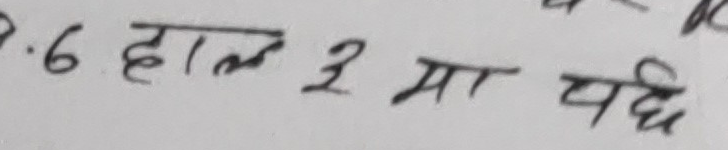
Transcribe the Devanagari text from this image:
9.6 हाल ३ मा पछ